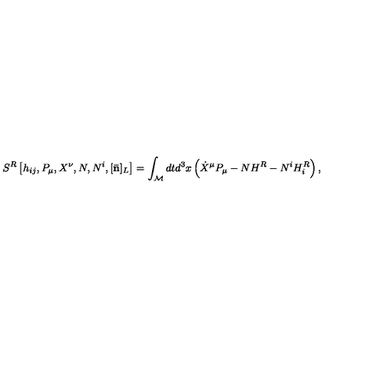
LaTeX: { } S ^ { R } \left[ h _ { i j } , P _ { \mu } , X ^ { \nu } , N , N ^ { i } , [ { \bf \bar { n } } ] _ { L } \right] = \int _ { \cal M } d t d ^ { 3 } x \left( \dot { X } ^ { \mu } P _ { \mu } - N H ^ { R } - N ^ { i } H _ { i } ^ { R } \right) ,